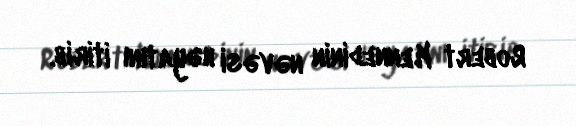
Robert Kennedinin nəvəsi həyatını itirib.